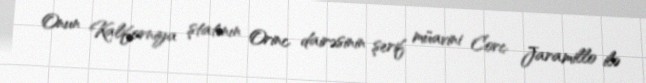
Onun Kaliforniya ştatının Orinc dairəsinin şerif müavini Corc Jaramillo ilə